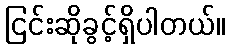
ငြင်းဆိုခွင့်ရှိပါတယ်။